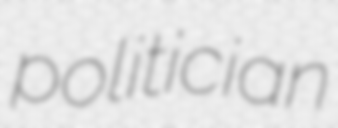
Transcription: politician